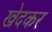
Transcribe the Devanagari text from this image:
खेदकर